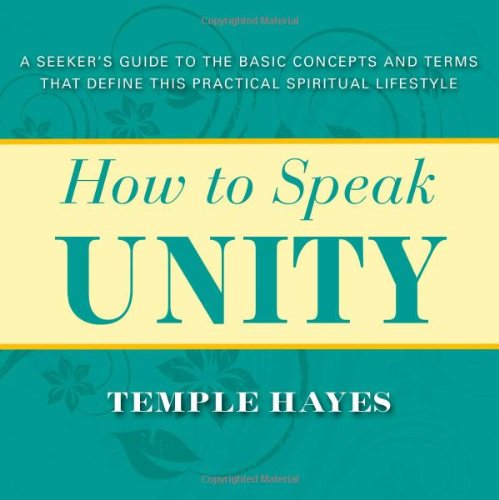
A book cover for How to Speak Unity: A Seeker's Guide to the Basic Concepts and Terms that Define this Practical Spiritual Lifestyle; Temple Hayes; Religion & Spirituality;